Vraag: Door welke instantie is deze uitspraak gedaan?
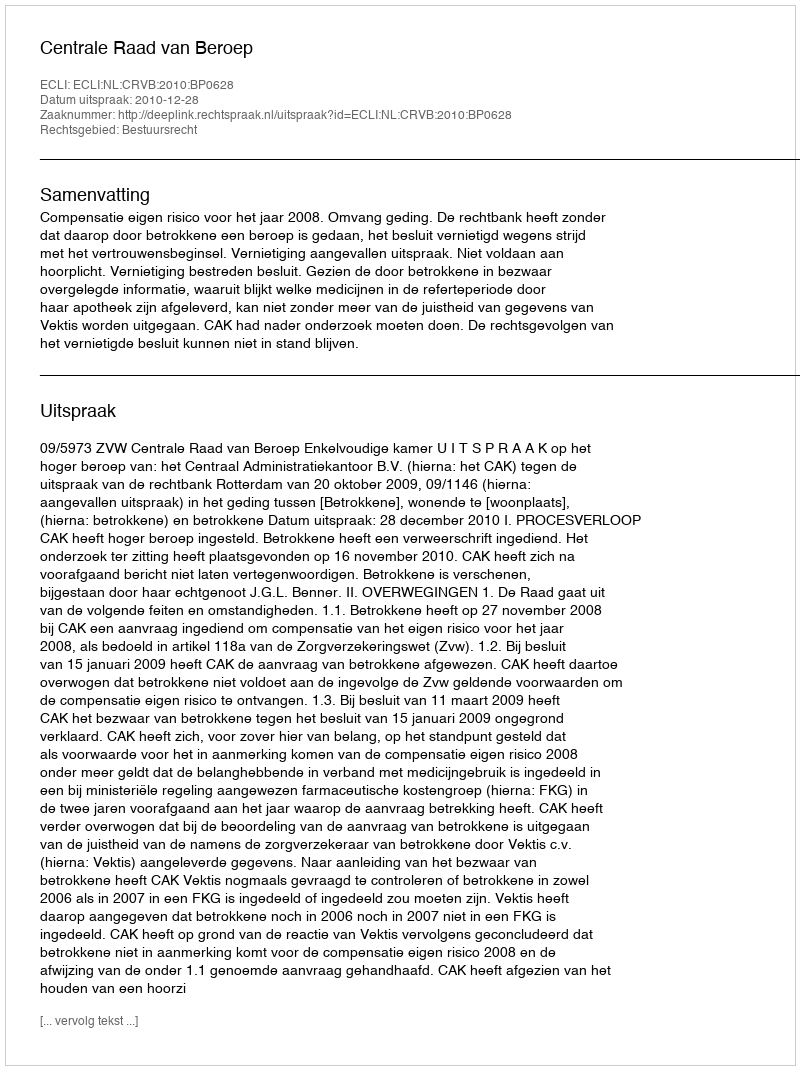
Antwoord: Centrale Raad van Beroep